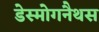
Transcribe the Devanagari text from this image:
डेस्मोगनैथस